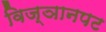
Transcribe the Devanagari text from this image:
विज्ञानपट